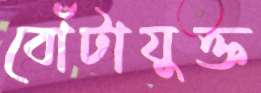
বোঁটাযুক্ত